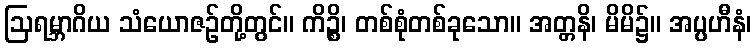
ဩရမ္ဘာဂိယ သံယောဇဉ်တို့တွင်။ ကိဉ္စိ၊ တစ်စုံတစ်ခုသော။ အတ္တနိ၊ မိမိ၌။ အပ္ပဟီနံ၊